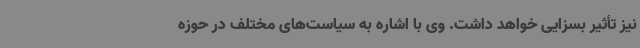
نیز تأثیر بسزایی خواهد داشت. وی با اشاره به سیاست‌های مختلف در حوزه